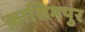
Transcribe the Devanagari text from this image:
क़ासिमपुर